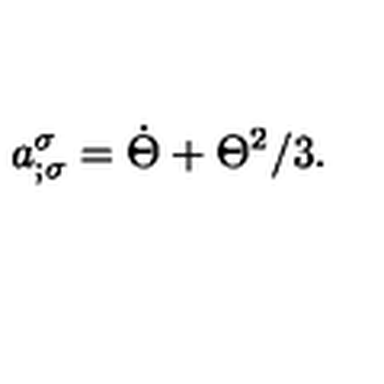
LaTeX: a _ { ; \sigma } ^ { \sigma } = \dot { \Theta } + \Theta ^ { 2 } / 3 .